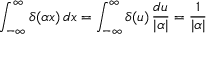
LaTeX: \int _ { - \infty } ^ { \infty } \delta ( \alpha x ) \, d x = \int _ { - \infty } ^ { \infty } \delta ( u ) \, { \frac { d u } { | \alpha | } } = { \frac { 1 } { | \alpha | } }